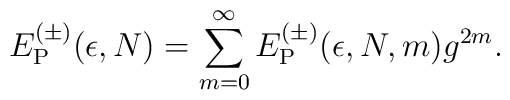
E_{\rm P}^{(\pm)}(\epsilon,N) = \sum_{m=0}^\infty E_{\rm P}^{(\pm)}(\epsilon,N,m) g^{2m}.